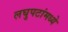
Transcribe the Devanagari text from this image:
लघुपटांमध्ये